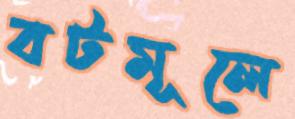
বটমূলে